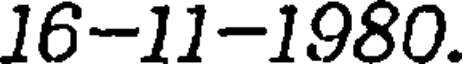
16-11-1980.